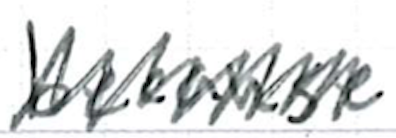
Text: because
Cross-out: zig-zag
Writing tool: ballpoint